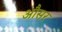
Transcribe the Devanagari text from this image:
औसर